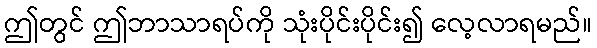
ဤတွင် ဤဘာသာရပ်ကို သုံးပိုင်းပိုင်း၍ လေ့လာရမည်။